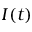
I ( t )